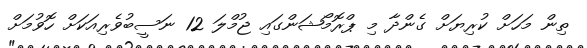
ތިން މަހަށް ކުރިޔަށް ގެންދާ މި ޕްރޮމޯޝަންގައި ޖުމްލަ 12 ނަސީބުވެރިއަކަށް ހޮވުމަށް